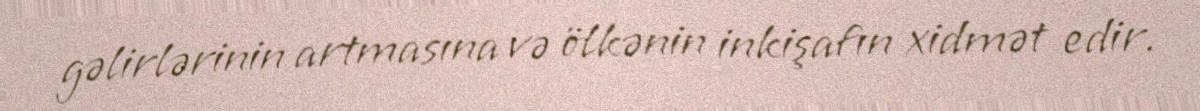
gəlirlərinin artmasına və ölkənin inkişafın xidmət edir.